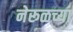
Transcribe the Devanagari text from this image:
नेरूळच्या